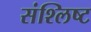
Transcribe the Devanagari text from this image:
संश्लिष्‍ट